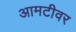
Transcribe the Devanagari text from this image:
आमटीवर